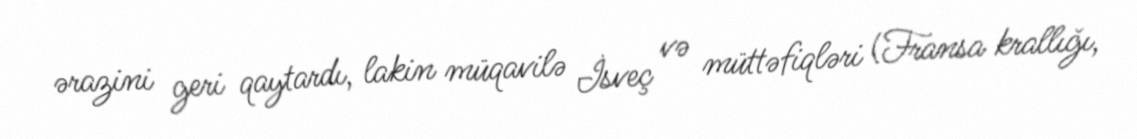
ərazini geri qaytardı, lakin müqavilə İsveç və müttəfiqləri (Fransa krallığı,